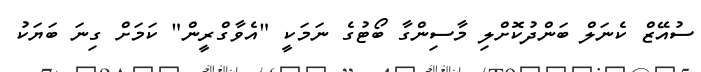
ސުއޭޒް ކެނަލް ބަންދުކޮށްލި މާސިންގާ ބޯޓުގެ ނަމަކީ "އެވާގްރީން" ކަމަށް ގިނަ ބަޔަކު